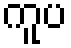
ကူပ